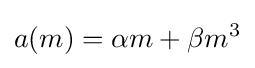
a(m)=\alpha m+\beta m^{3}